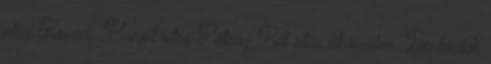
utca Kovács Margit utca Pátzay Pál utca útvonalon. Benkovich